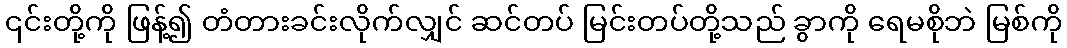
၎င်းတို့ကို ဖြန့်၍ တံတားခင်းလိုက်လျှင် ဆင်တပ် မြင်းတပ်တို့သည် ခွာကို ရေမစိုဘဲ မြစ်ကို